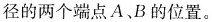
径的两个端点A、B的位置。